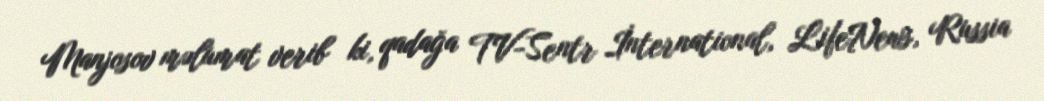
Manjosov məlumat verib ki, qadağa TV-Sentr İnternational, LifeNews, Russia